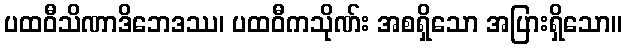
ပထဝီသိဏာဒိဘေဒဿ၊ ပထဝီကသိုဏ်း အစရှိသော အပြားရှိသော။